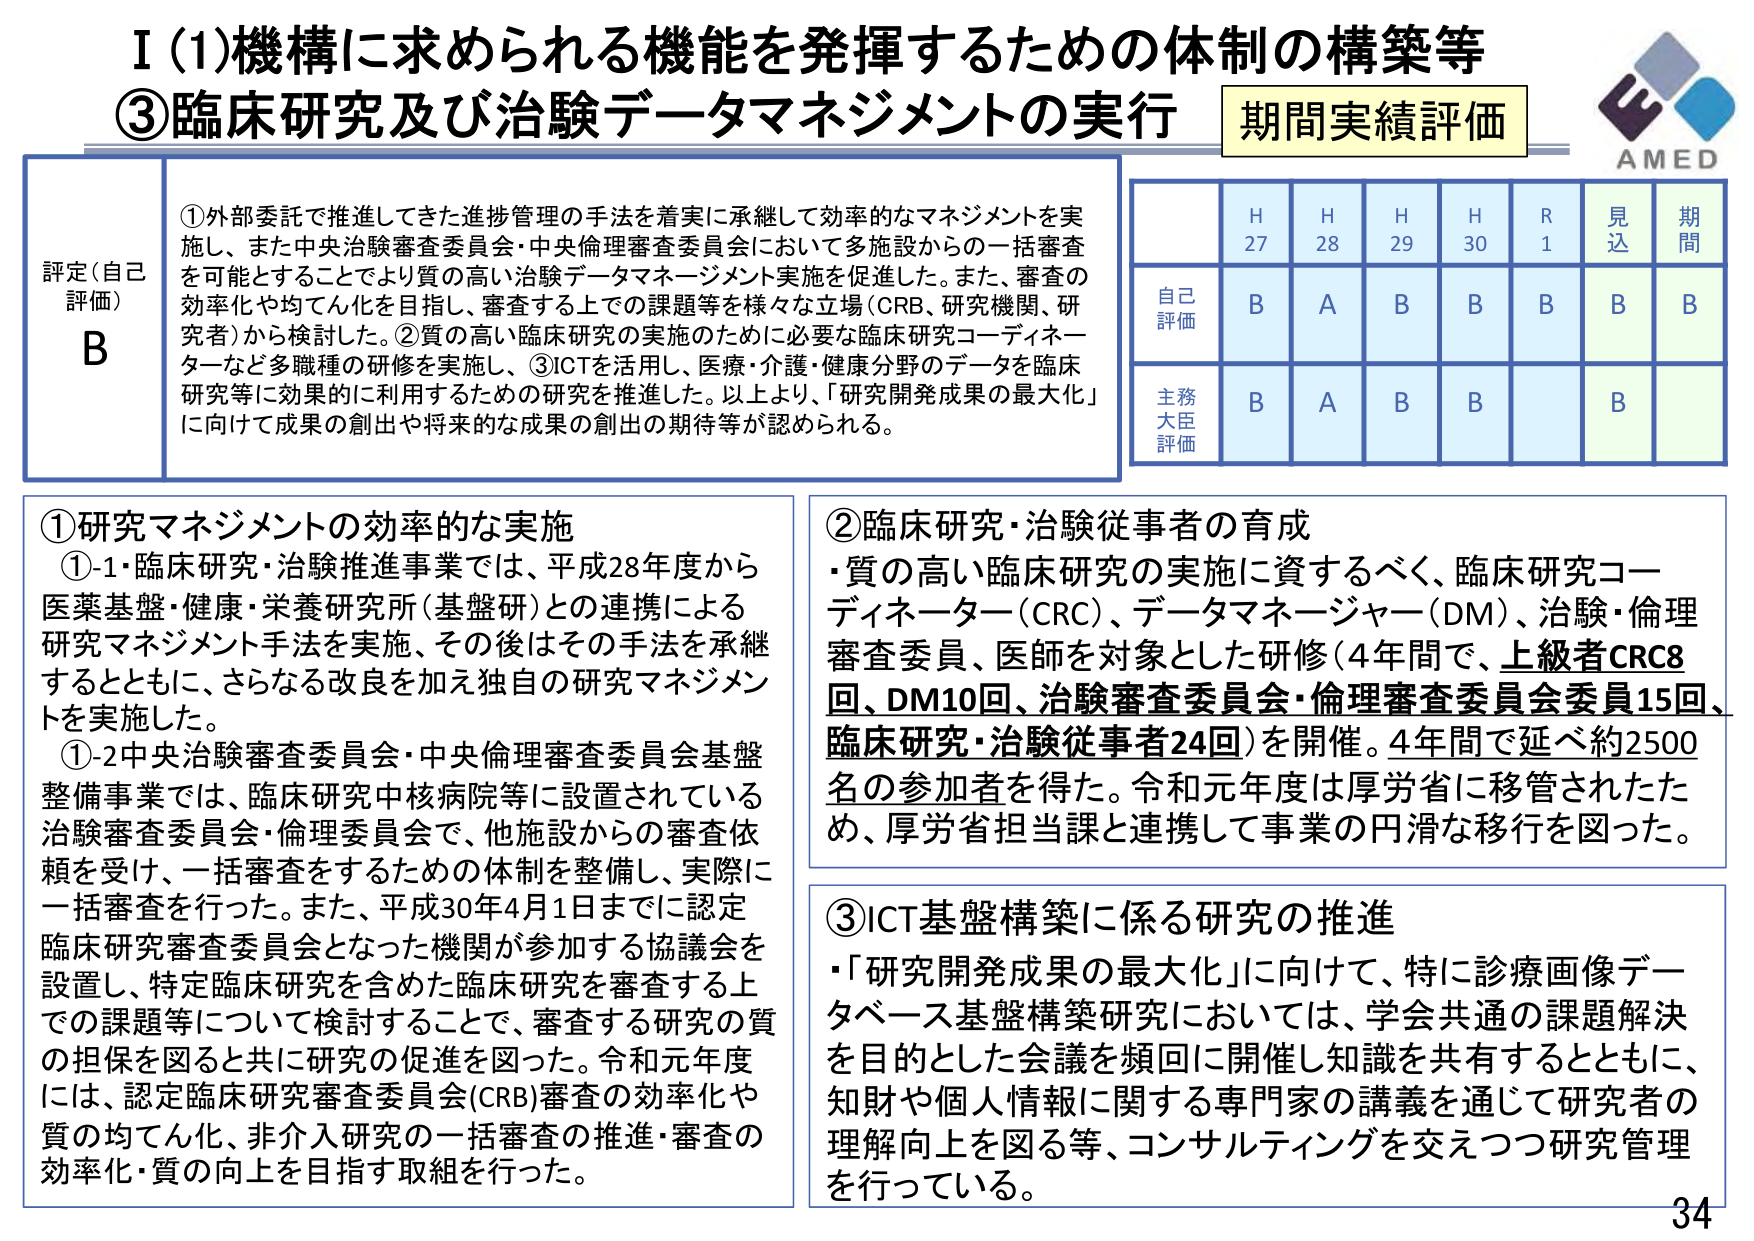
I (1) 機構に求められる機能を発揮するための体制の構築等
③ 臨床研究及び治験データマネジメントの実行
期間実績評価

評定（自己評価）
B

①外部委託で推進してきた進捗管理の手法を着実に承継して効率的なマネジメントを実施し、また中央治験審査委員会・中央倫理審査委員会において多施設からの一括審査を可能とすることでより質の高い治験データマネージメント実施を促進した。また、審査の効率化や均てん化を目指し、審査する上での課題等を様々な立場（CRB、研究機関、研究者）から検討した。②質の高い臨床研究の実施のために必要な臨床研究コーディネーターなど多職種の研修を実施し、③ICTを活用し、医療・介護・健康分野のデータを臨床研究等に効果的に利用するための研究を推進した。以上より、「研究開発成果の最大化」に向けて成果の創出や将来的な成果の創出の期待等が認められる。

H27 H28 H29 H30 R1 見込 期間
自己評価 B A B B B B B
主務大臣評価 B A B B   B

①研究マネジメントの効率的な実施
①-1・臨床研究・治験推進事業では、平成28年度から医薬基盤・健康・栄養研究所（基盤研）との連携による研究マネジメント手法を実施、その後はその手法を承継するとともに、さらなる改良を加え独自の研究マネジメントを実施した。
①-2 中央治験審査委員会・中央倫理審査委員会基盤整備事業では、臨床研究中核病院等に設置されている治験審査委員会・倫理委員会で、他施設からの審査依頼を受け、一括審査をするための体制を整備し、実際に一括審査を行った。また、平成30年4月1日までに認定臨床研究審査委員会となった機関が参加する協議会を設置し、特定臨床研究を含めた臨床研究を審査する上での課題等について検討することで、審査する研究の質の担保を図ると共に研究の促進を図った。令和元年度には、認定臨床研究審査委員会(CRB)審査の効率化や質の均てん化、非介入研究の一括審査の推進・審査の効率化・質の向上を目指す取組を行った。

②臨床研究・治験従事者の育成
・質の高い臨床研究の実施に資するべく、臨床研究コーディネーター（CRC）、データマネージャー（DM）、治験・倫理審査委員、医師を対象とした研修（4年間で、上級者CRC8回、DM10回、治験審査委員会・倫理審査委員会委員15回、臨床研究・治験従事者24回）を開催。4年間で延べ約2500名の参加者を得た。令和元年度は厚労省に移管されたため、厚労省担当課と連携して事業の円滑な移行を図った。

③ICT基盤構築に係る研究の推進
・「研究開発成果の最大化」に向けて、特に診療画像データベース基盤構築研究においては、学会共通の課題解決を目的とした会議を頻回に開催し知識を共有するとともに、知財や個人情報に関する専門家の講義を通じて研究者の理解向上を図る等、コンサルティングを交えつつ研究管理を行っている。

AMED
34